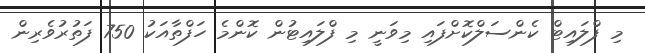
މި ފްލައިޓް ކެންސަލްކޮށްފައި މިވަނީ މި ފްލައިޓުން ކޮންމެ ހަފްތާއަކު 750 ފަތުރުވެރިން